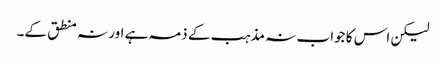
لیکن اس کا جواب نہ مذہب کے ذمہ ہے اور نہ منطق کے۔